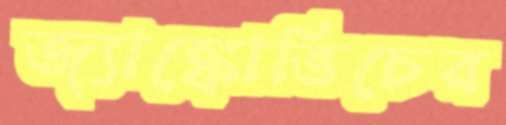
জ্যাঙ্কোভিচের